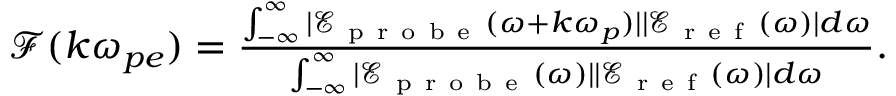
\begin{array} { r } { \mathcal { F } ( k \omega _ { p e } ) = \frac { \int _ { - \infty } ^ { \infty } | \mathcal { E } _ { \mathrm { ~ p ~ r ~ o ~ b ~ e ~ } } ( \omega + k \omega _ { p } ) | | \mathcal { E } _ { \mathrm { ~ r ~ e ~ f ~ } } ( \omega ) | d \omega } { \int _ { - \infty } ^ { \infty } | \mathcal { E } _ { \mathrm { ~ p ~ r ~ o ~ b ~ e ~ } } ( \omega ) | | \mathcal { E } _ { \mathrm { ~ r ~ e ~ f ~ } } ( \omega ) | d \omega } . } \end{array}